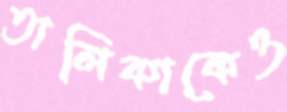
তালিকাকেও